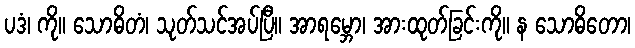
ပဒံ၊ ကို။ သောဓိတံ၊ သုတ်သင်အပ်ပြီ။ အာရမ္ဘော၊ အားထုတ်ခြင်းကို။ န သောဓိတော၊